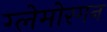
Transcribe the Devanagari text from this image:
ग्लेमोरगन